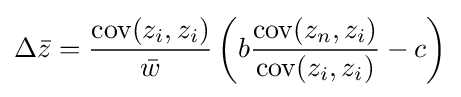
\Delta {\bar {z}}={\frac {\operatorname {cov} (z_{i},z_{i})}{\bar {w}}}\left(b{\frac {\operatorname {cov} (z_{n},z_{i})}{\operatorname {cov} (z_{i},z_{i})}}-c\right)